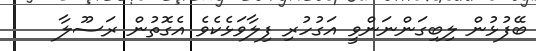
ބޭފުޅުން ލިބިގަންނަންވީ އަގުހުރި ފިލާވަޅެކެވެ އެގޮތުން ރަސޫލާ